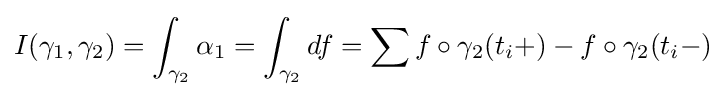
I(\gamma _{1},\gamma _{2})=\int _{\gamma _{2}}\alpha _{1}=\int _{\gamma _{2}}df=\sum f\circ \gamma _{2}(t_{i}+)-f\circ \gamma _{2}(t_{i}-)